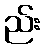
ည်း